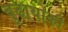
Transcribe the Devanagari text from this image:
बुढाथोकी